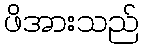
ဖိအားသည်